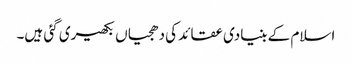
اسلام کے بنیادی عقائد کی دھجیاں بکھیری گئی ہیں۔